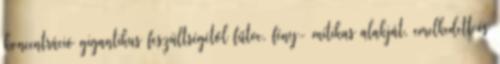
koncentráció gigantikus feszültségétől fűtve, fény- mítikus alakját, emelkedett és